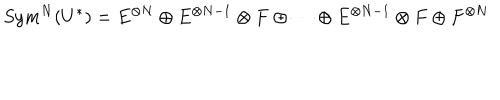
LaTeX: S y m ^ { N } ( U ^ { * } ) = E ^ { \otimes N } \oplus E ^ { \otimes N - 1 } \otimes F \oplus \cdots \oplus E ^ { \otimes N - 1 } \otimes F \oplus F ^ { \otimes N }